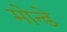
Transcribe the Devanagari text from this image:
मोन्डे